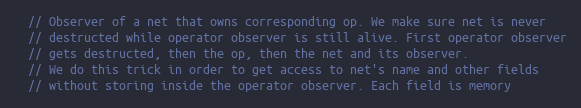
Language: C
  // Observer of a net that owns corresponding op. We make sure net is never
  // destructed while operator observer is still alive. First operator observer
  // gets destructed, then the op, then the net and its observer.
  // We do this trick in order to get access to net's name and other fields
  // without storing inside the operator observer. Each field is memory